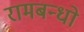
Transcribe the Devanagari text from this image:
रामबन्धो